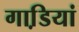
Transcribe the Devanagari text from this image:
गाडि़यां